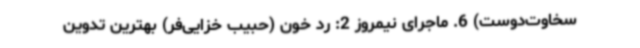
سخاوت‌دوست) 6. ماجرای نیمروز 2: رد خون (حبیب خزایی‌فر) بهترین تدوین